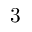
3